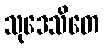
သုဒေသိတေ